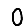
Digit: 0